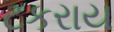
ટકરાય